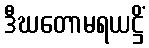
ဒီဃတောမရယဋ္ဌိံ